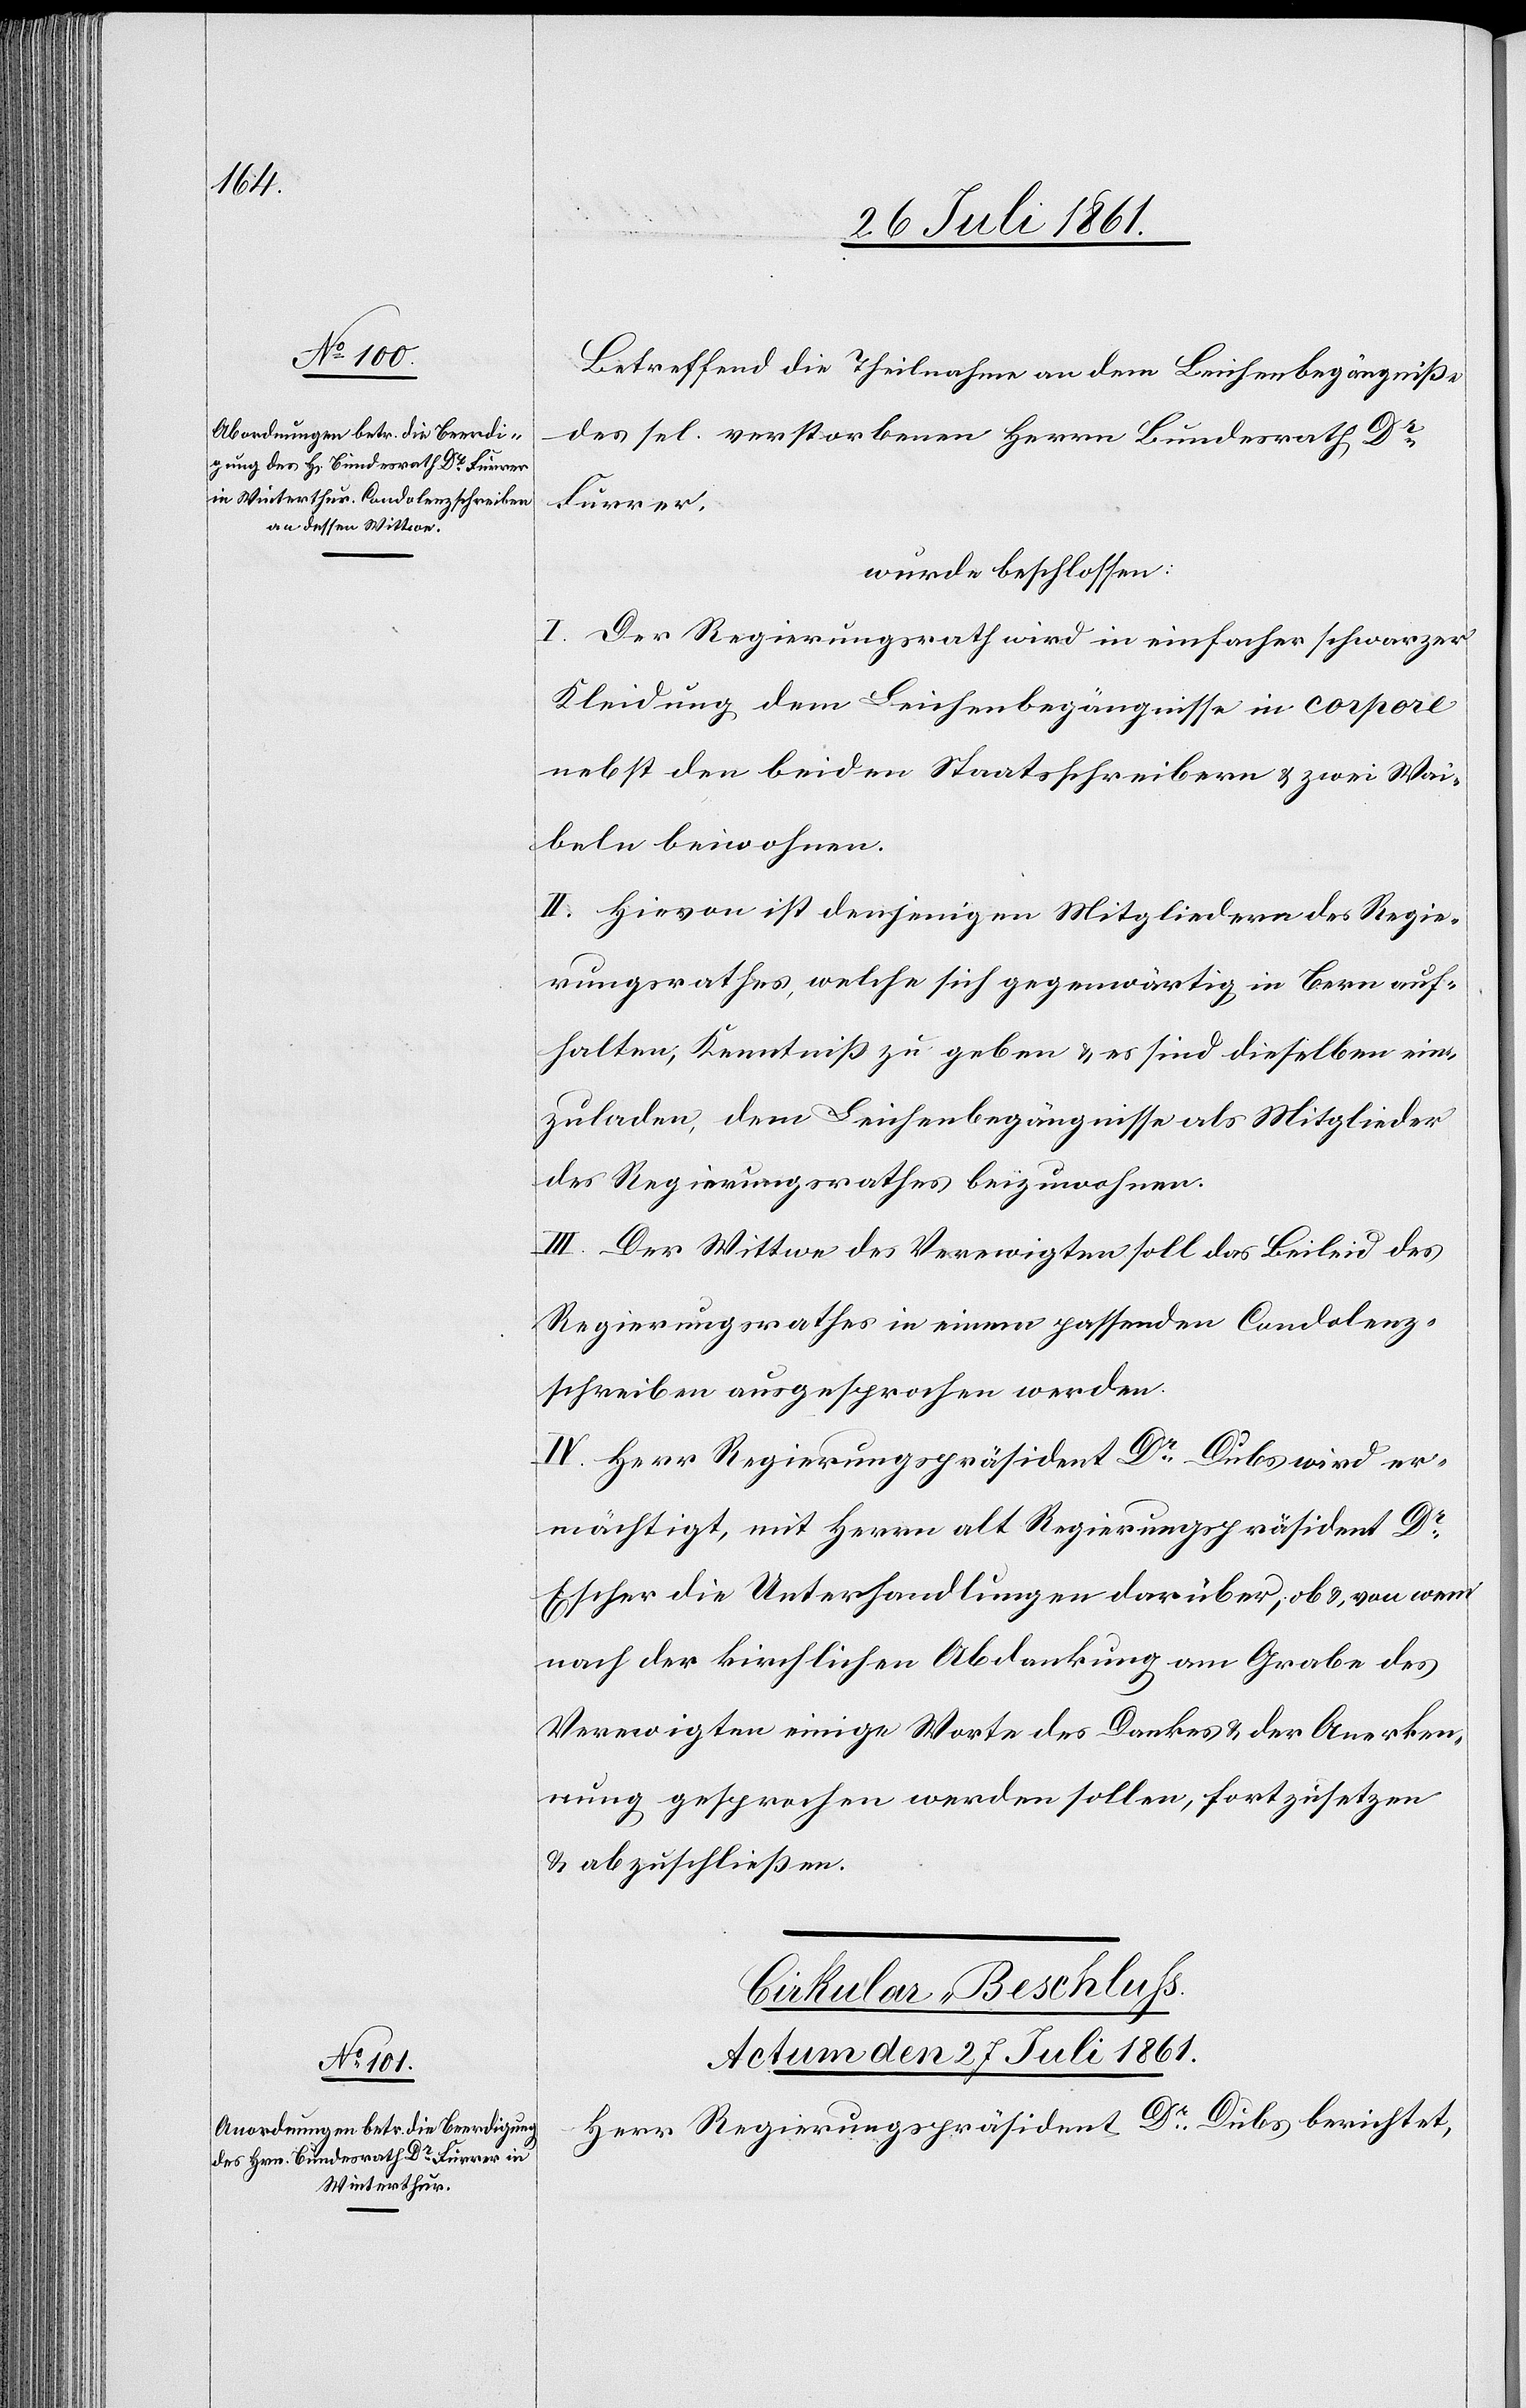
Betreffend die Theilnahme an dem Leichenbegräbniße
des sel. verstorbenen Herrn Bundesrath Dr
Furrer.
wurde beschlossen:
I. Der Regierungsrath wird in einfacher schwarzer
Kleidung dem Leichenbezeugnisse in corpore
nebst den beiden Staatsschreibern u. zwei Wai¬
beln beiwohnen.
II. Hievon ist denjenigen Mitgliedern des Regie¬
rungsrathes, welche sich gegenwärtig in Bern auf¬
halten, Kenntniß zu geben u. es sind dieselben ein¬
zuladen, dem Leichenbegängnisse als Mitglieder
des Regierungsrathes beizuwohnen.
III. Der Wittwe des Verewigten soll das Beileid des
Regierungsrathes in einem passenden Condolenz¬
schreiben ausgesprochen werden.
IV. Herr Regierungspräsident Dr Dubs wird er¬
mächtigt, mit Herrn alt Regierungspräsident Dr
Escher die Unterhandlungen darüber, ob u. von wem
nach der kirchlichen Abdankung am Grabe des
Verewigten einige Worte des Dankes u. der Anerken¬
nung gesprochen werden sollen, fortzusetzen
u. abzuschließen.
Cirkular-Beschluß
Actum den 27 Juli 1861.
Herr Regierungspräsident Dr Dubs berichtet,